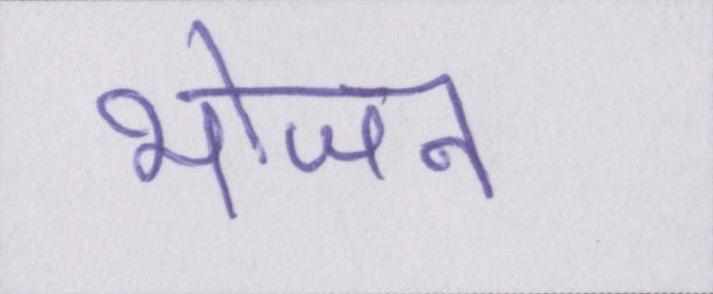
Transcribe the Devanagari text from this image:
भोजन